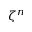
\zeta ^ { n }